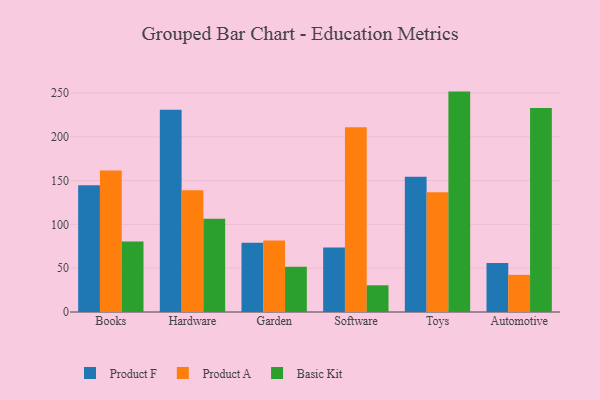
{"axis": {"x": "Category", "y": "Page Views"}, "legend": ["Basic Kit", "Product A", "Product F"], "data": [{"x": "Books", "y": 144.6, "type": "Product F"}, {"x": "Books", "y": 161.5, "type": "Product A"}, {"x": "Books", "y": 80.5, "type": "Basic Kit"}, {"x": "Hardware", "y": 230.8, "type": "Product F"}, {"x": "Hardware", "y": 138.9, "type": "Product A"}, {"x": "Hardware", "y": 106.5, "type": "Basic Kit"}, {"x": "Garden", "y": 79.1, "type": "Product F"}, {"x": "Garden", "y": 81.5, "type": "Product A"}, {"x": "Garden", "y": 51.7, "type": "Basic Kit"}, {"x": "Software", "y": 73.7, "type": "Product F"}, {"x": "Software", "y": 210.8, "type": "Product A"}, {"x": "Software", "y": 30.5, "type": "Basic Kit"}, {"x": "Toys", "y": 154.3, "type": "Product F"}, {"x": "Toys", "y": 136.6, "type": "Product A"}, {"x": "Toys", "y": 251.6, "type": "Basic Kit"}, {"x": "Automotive", "y": 56.0, "type": "Product F"}, {"x": "Automotive", "y": 42.4, "type": "Product A"}, {"x": "Automotive", "y": 232.8, "type": "Basic Kit"}]}